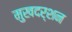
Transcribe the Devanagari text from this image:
मुखदर्शन